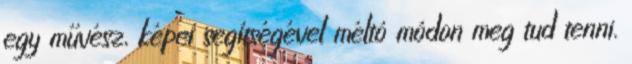
egy művész, képei segítségével méltó módon meg tud tenni.